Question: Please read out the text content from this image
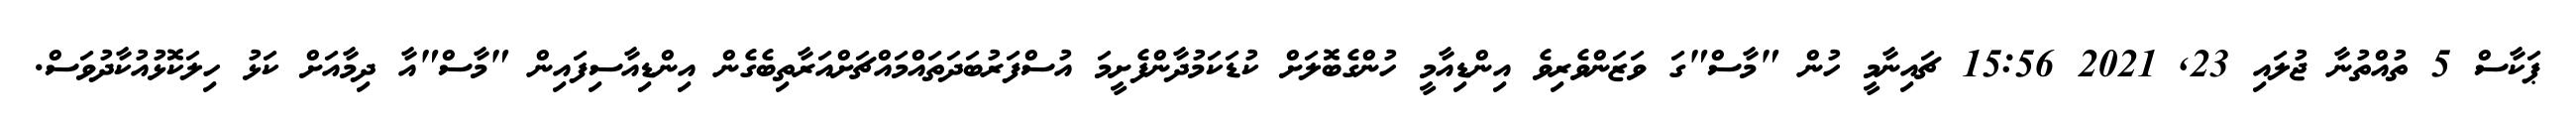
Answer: ޕަކާސް 5 ތުއްތުނާ ޖުލައި 23, 2021 15:56 ޗައިނާމީ ހުން "މާސް"ގަ ވަޒަންވެރިވެ އިންޑިއާމީ ހުންގެބޮލަށް ކުޑަކަމުދާންފެށީމަ އުސްފަރުބަދަތައްމައްޗަށްއަރާތިބެގެން އިންޑިއާސިފައިން "މާސް"އާ ދިމާއަށް ކަޅު ހިލަކޮޅުއުކާދުވަސް.